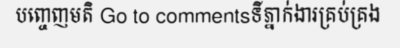
បញ្ចេញមតិ Go to commentsទីភ្នាក់ងារគ្រប់គ្រង